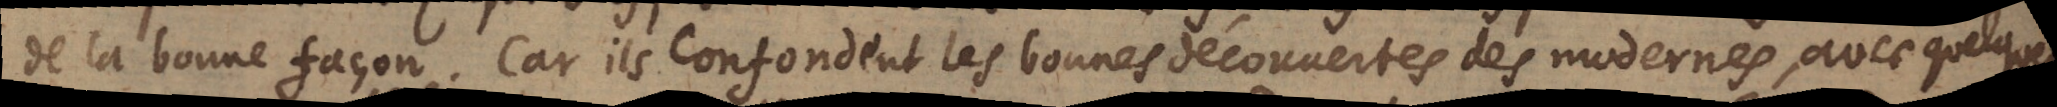
de la bonne façon. Car ils confondent les bonnes découvertes des modernes, avec quelques